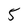
Character: 5